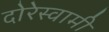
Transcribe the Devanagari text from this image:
दोरेस्वामी